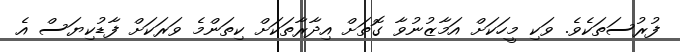
ފުރުސަތަކެވެ. ވަކި މީހަކަށް އަމާޒުނުވާ ގޮތަށް އިދާރާތަކަށް ކިތަންމެ ވަރަކަށް ފާޑުކިޔަސް އެ